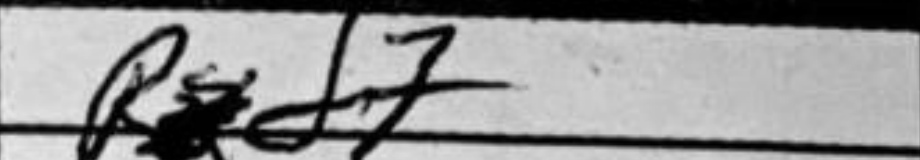
Transcription: Rd7